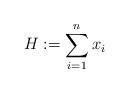
LaTeX: \begin{align*}H := \sum_{i=1}^n x_i\end{align*}